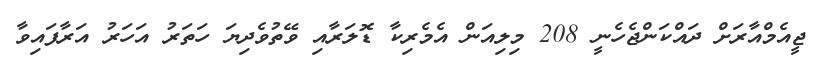
ޖީއެމްއާރަށް ދައްކަންޖެހެނީ 208 މިލިއަން އެމެރިކާ ޑޮލަރާއި ވޭތުވެދިޔަ ހަަތަރު އަހަރު އަރާފައިވާ